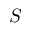
S